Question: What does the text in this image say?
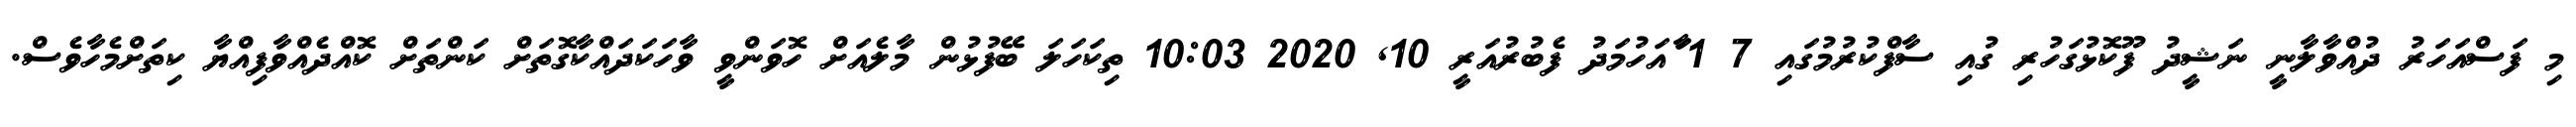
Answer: މި ފަސްއަހަރު ދުއްވާލާނީ ނަޝީދު ފޫކޮޅުގަހުރި ގުއި ސާފްކުރުމުގައި 7 1 ާައަހުމަދު ފެބުރުއަރީ 10, 2020 10:03 ތިކަހަލަ ބޭފުޅުން މާލެއަށް ހޮވަންވީ ވާހަކަދައްކާގޮތަށް ކަންތަށް ކޮއްދެއްވާފިއްޔާ ކިތަށްމެހާވެސް.